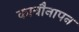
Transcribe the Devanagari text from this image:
काबौनापन